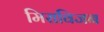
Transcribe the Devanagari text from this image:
मिराविजन